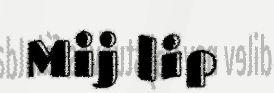
Mij lip